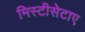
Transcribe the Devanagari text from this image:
मिस्टीसेटाए